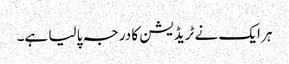
ہر ایک نے ٹریڈیشن کا درجہ پا لیا ہے۔